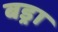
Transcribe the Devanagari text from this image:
बड्रा